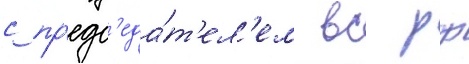
с пр'едс'еда́т'ел'ем вс рф